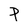
Character: P